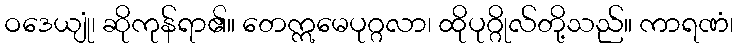
ဝဒေယျုံ၊ ဆိုကုန်ရာ၏။ တေဣမေပုဂ္ဂလာ၊ ထိုပုဂ္ဂိုလ်တို့သည်။ ကာရဏံ၊